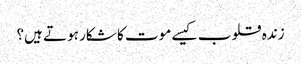
زندہ قلوب کیسے موت کا شکار ہوتے ہیں؟